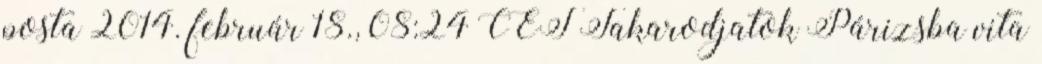
posta 2014. február 18., 08:24 CET Takarodjatok Párizsba vita